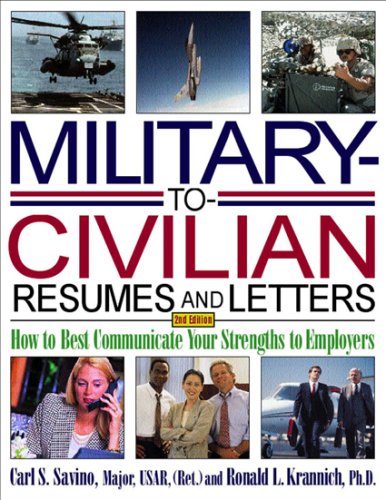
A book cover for Military-to-Civilian Resumes and Letters: How to Best Communicate Your Strengths to Employers (Military Resumes and Cover Letters); Ronald L. Krannich; Reference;